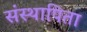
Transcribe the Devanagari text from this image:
संस्थापिता